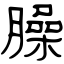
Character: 臊